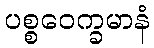
ပစ္စဝေက္ခမာနံ